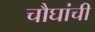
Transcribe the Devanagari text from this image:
चौघांची